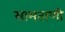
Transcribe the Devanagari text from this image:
सामताणी